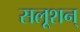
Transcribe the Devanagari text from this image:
सलूशन्